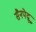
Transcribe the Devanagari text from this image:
सैनपेद्रू